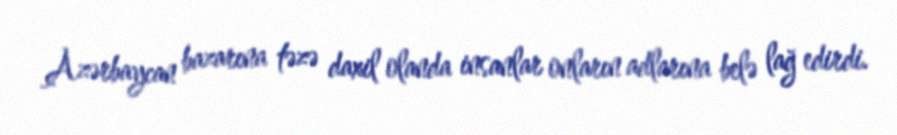
Azərbaycan bazarına təzə daxil olanda insanlar onların adlarına belə lağ edirdi.